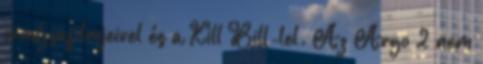
nindzsafilmjeivel és a Kill Bill-lel. Az Argo 2 nem